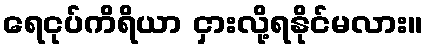
ရေငုပ်ကိရိယာ ငှားလို့ရနိုင်မလား။